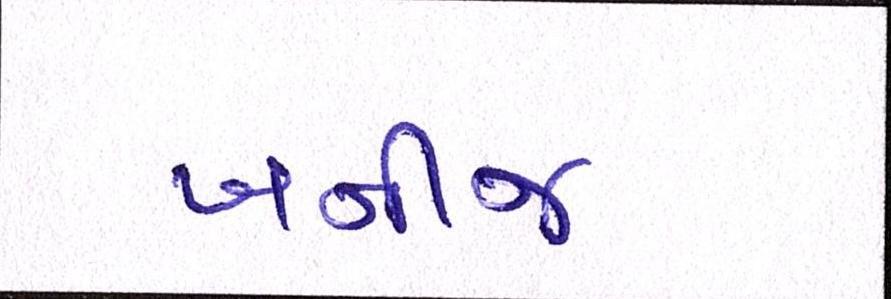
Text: ખનીજ